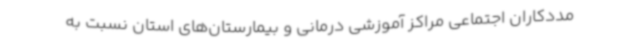
مددکاران اجتماعی مراکز آموزشی درمانی و بیمارستان‌های استان نسبت به